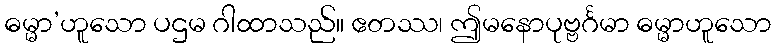
ဓမ္မာ’ဟူသော ပဌမ ဂါထာသည်။ ဧတဿ၊ ဤမနောပုဗ္ဗင်္ဂမာ ဓမ္မာဟူသော